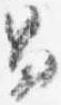
男